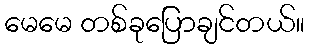
မေမေ တစ်ခုပြောချင်တယ်။